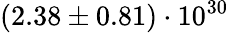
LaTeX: (2.38\pm 0.81)\cdot 10^{30}